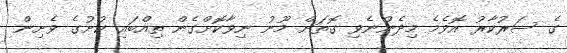
ގެ ސަރުކާރު އޮވެމެ މިދެންނެވި ގޮތަށް މޫނު ނިވާކޮށްގެން ތިއްބައި ކުށުގެ ވެށިން